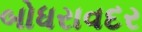
બોધરાવદર